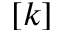
[ k ]